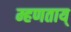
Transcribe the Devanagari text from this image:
म्हणताय्